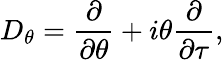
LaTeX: D_{\theta}=\frac{\partial}{\partial\theta}+i\theta\frac{\partial}{\partial\tau},